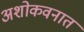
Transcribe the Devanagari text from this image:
अशोकवनात